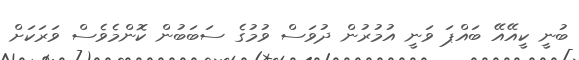
ބުނީ ކީއޭއޭ ބައްޕަ ވަނީ އުމުރުން ދުވަސް ވުމުގެ ސަބަބުން ކޮންމެވެސް ވަރަކަށް